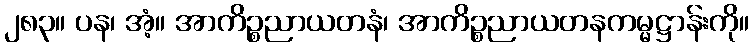
၂၈၃။ ပန၊ အံ့။ အာကိဉ္စညာယတနံ၊ အာကိဉ္စညာယတနကမ္မဋ္ဌာန်းကို။